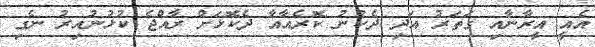
އެއީ އީރާނާއި ގަތަރު އަދި ދެކުނު ކޮރެއާއާ ދެކޮޅަށް ރާއްޖެ ކުޅުނުއިރު ނެގި